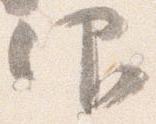
仰